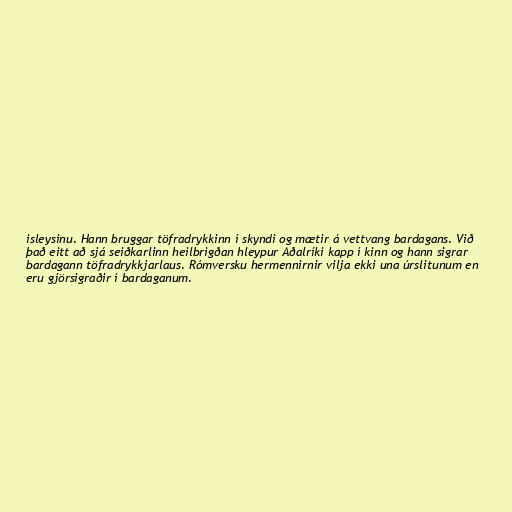
isleysinu. Hann bruggar töfradrykkinn í skyndi og mætir á vettvang bardagans. Við
það eitt að sjá seiðkarlinn heilbrigðan hleypur Aðalríki kapp í kinn og hann sigrar
bardagann töfradrykkjarlaus. Rómversku hermennirnir vilja ekki una úrslitunum en
eru gjörsigraðir í bardaganum.